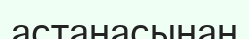
астанасынан